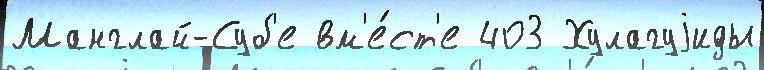
Манглай-Суб'е вм'е́ст'е 403 Хулагуjиды